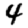
Digit: 4